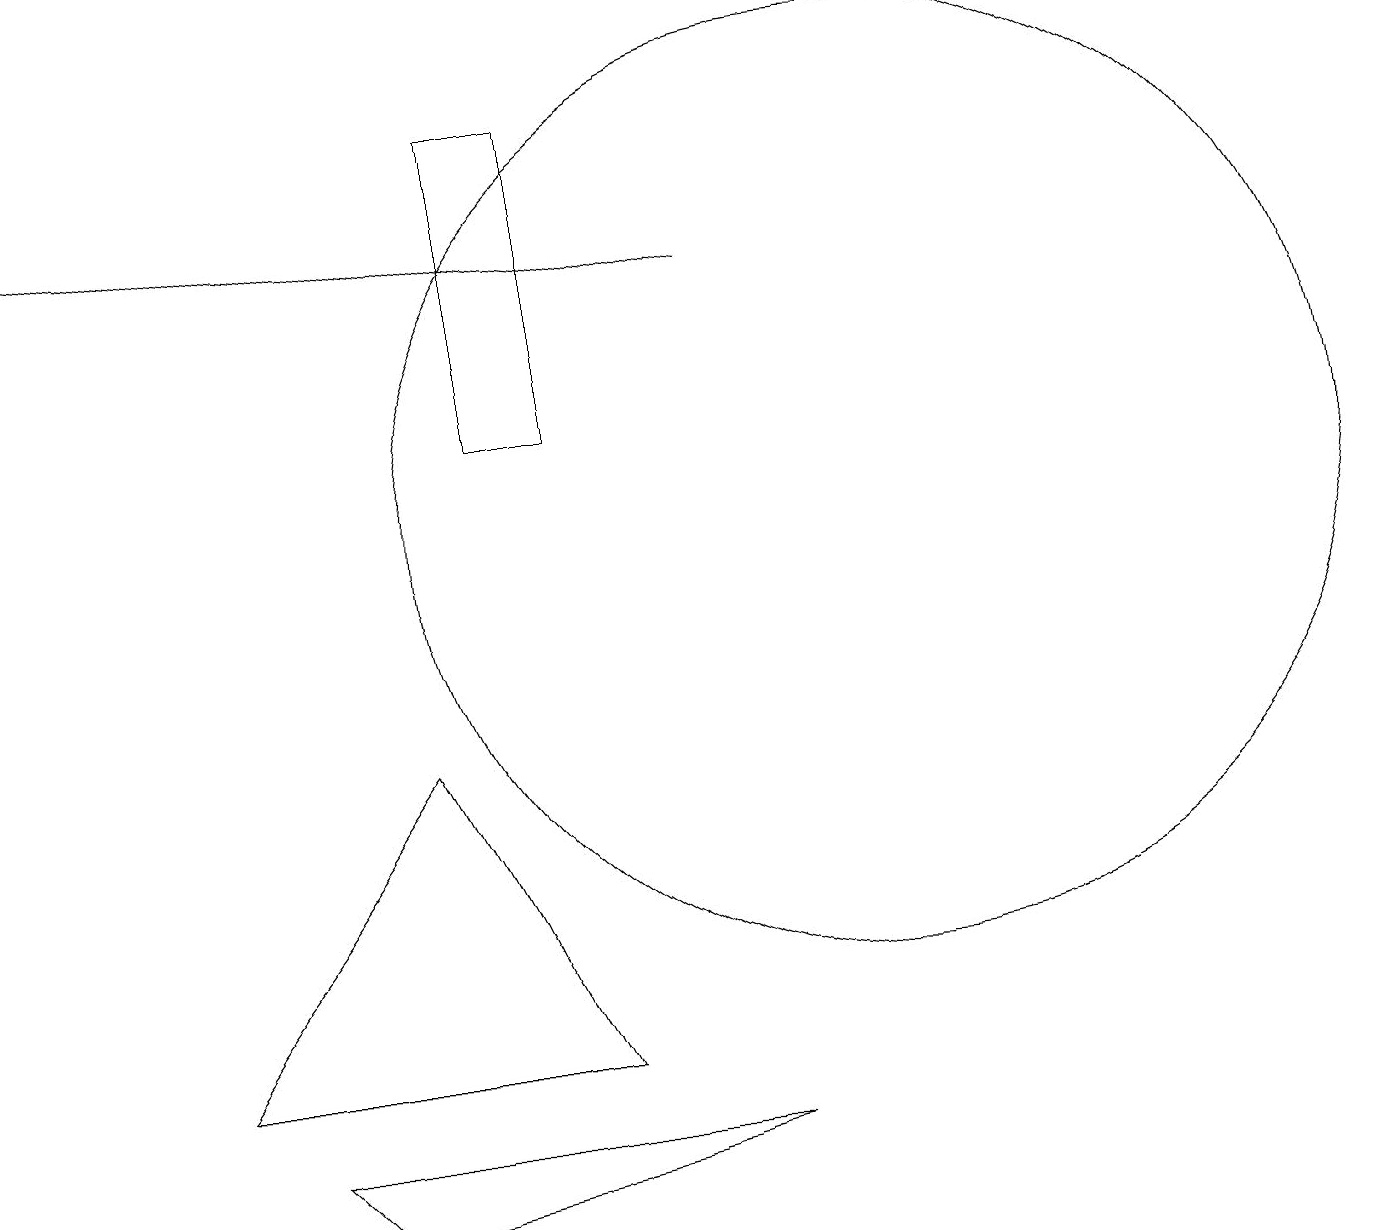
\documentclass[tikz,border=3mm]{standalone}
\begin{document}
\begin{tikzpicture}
\draw (4,3) -- (3,4) -- (9,4) -- cycle;
\draw[->] (9,15) -- (0,16);
\draw (11,12) circle (6);
\draw (7,5) -- (2,5) -- (5,9) -- cycle;
\draw (6,13) rectangle (7,17);
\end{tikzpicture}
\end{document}